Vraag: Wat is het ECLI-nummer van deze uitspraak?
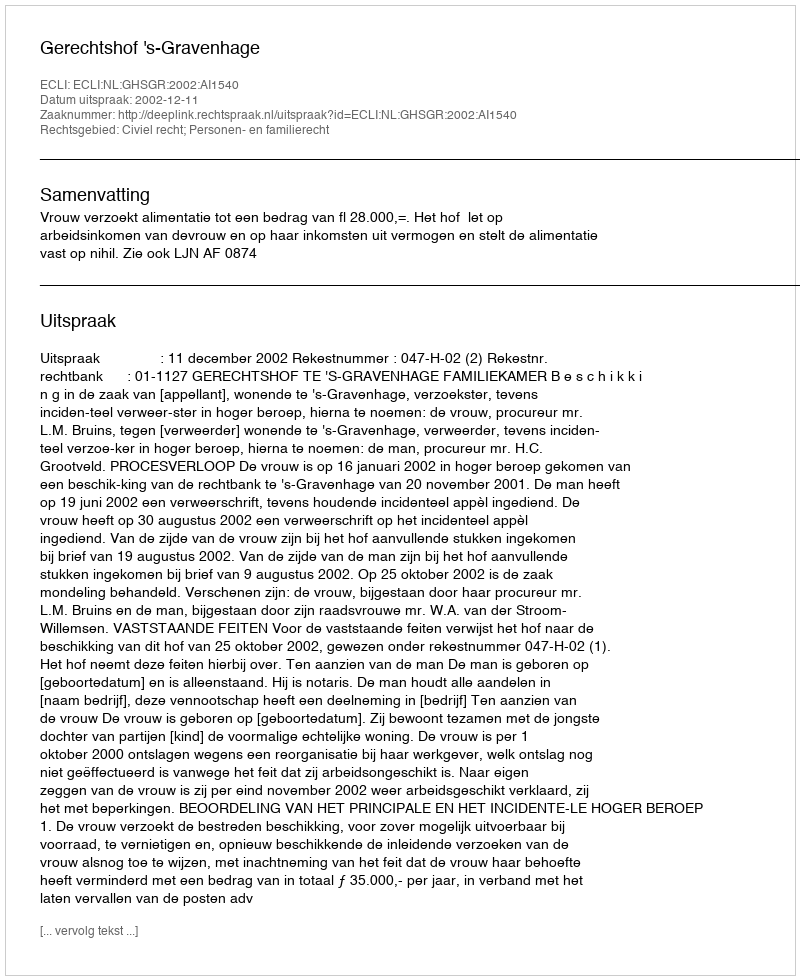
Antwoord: ECLI:NL:GHSGR:2002:AI1540